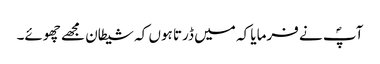
آپؐ نے فرمایا کہ میں ڈرتا ہوں کہ شیطان مجھے چھوئے۔